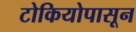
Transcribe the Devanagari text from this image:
टोकियोपासून